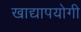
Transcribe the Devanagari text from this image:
खाद्यापयोगी